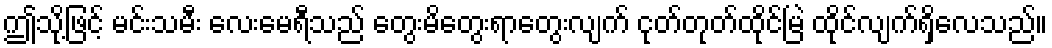
ဤသို့ဖြင့် မင်းသမီး လေးမေရီသည် တွေးမိတွေးရာတွေးလျက် ငုတ်တုတ်ထိုင်မြဲ ထိုင်လျက်ရှိလေသည်။